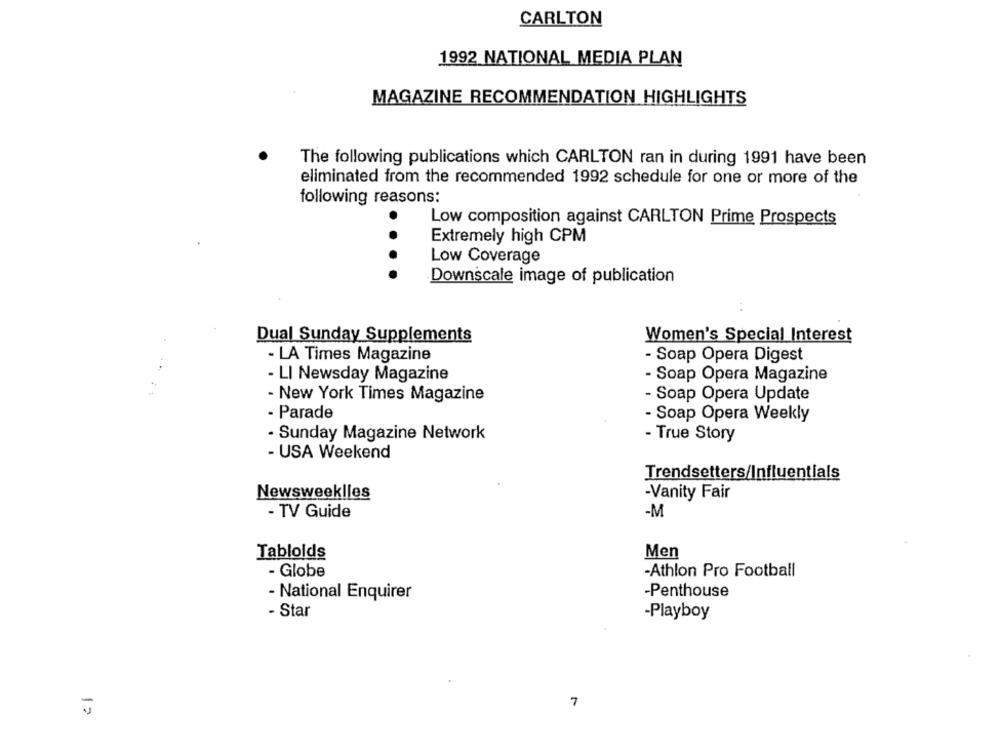
CARLTON
1992 NATIONAL MEDIA PLAN
MAGAZINE RECOMMENDATION HIGHLIGHTS
The following publications which CARLTON ran in during 1991 have been
eliminated from the recommended 1992 schedule for one or more of the
following reasons:
Low composition against CARLTON Prime Prospects
Extremely high CPM
...
Low Coverage
Downscale image of publication
Dual Sunday Supplements
Women's Special Interest
- LA Times Magazine
- Soap Opera Digest
- LI Newsday Magazine
- Soap Opera Magazine
- New York Times Magazine
- Soap Opera Update
- Parade
- Soap Opera Weekly
- Sunday Magazine Network
- True Story
- USA Weekend
Trendsetters/Influentials
Newsweeklles
-Vanity Fair
- TV Guide
-M
Tabloids
Men
- Globe
-Athlon Pro Football
- National Enquirer
-Penthouse
- Star
-Playboy
7
12